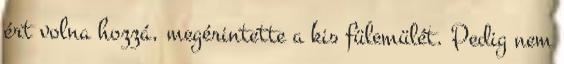
ért volna hozzá, megérintette a kis fülemülét. Pedig nem